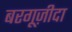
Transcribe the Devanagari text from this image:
बरगूज़ीदा